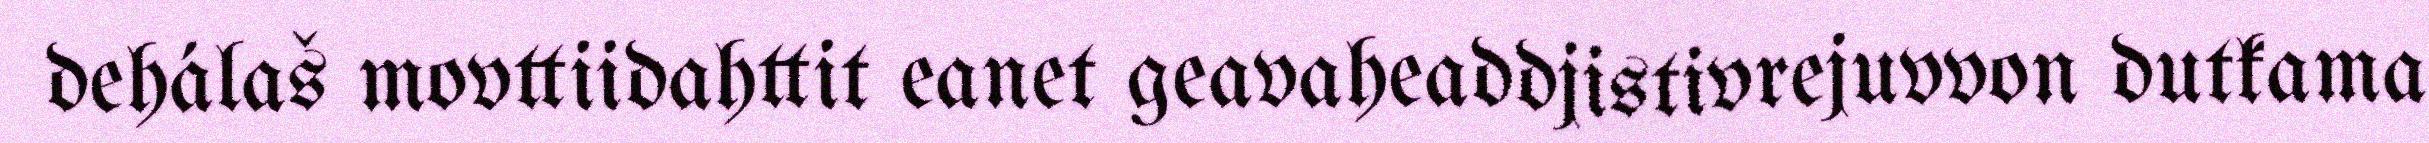
dehálaš movttiidahttit eanet geavaheaddjistivrejuvvon dutkama